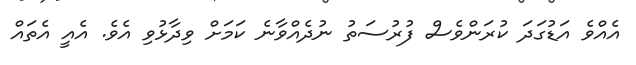
އެއްވެ އަޑުގަދަ ކުރަންވެސް ފުރުސަތު ނުދެއްވާނެ ކަމަށް ވިދާޅުވި އެވެ. އެއީ އެތައް